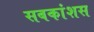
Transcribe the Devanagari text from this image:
सबकांशस